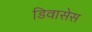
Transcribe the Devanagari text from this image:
डिवासेस